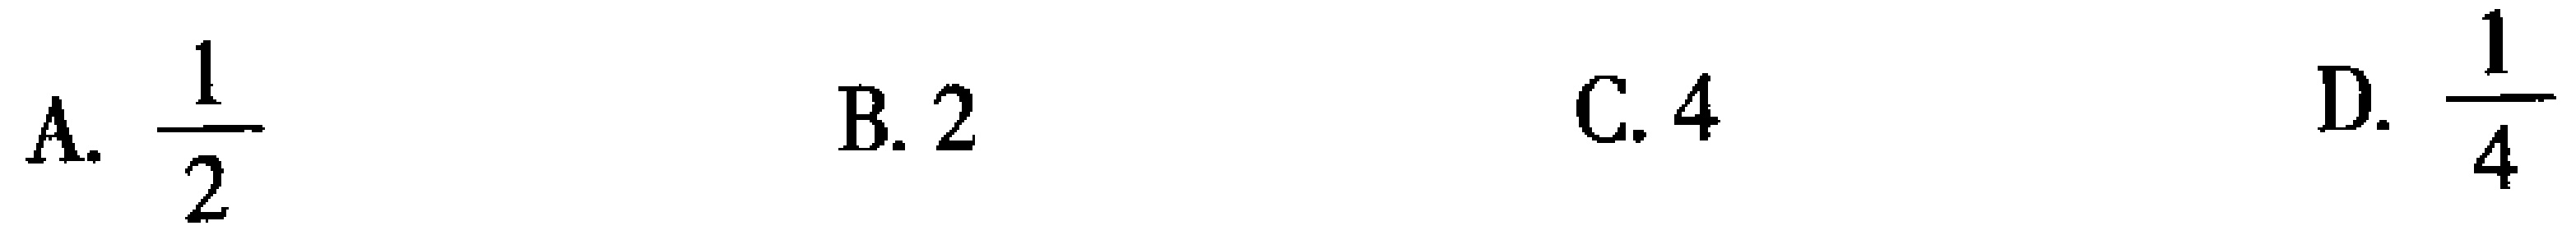
A. $\frac{1}{2}$  B. $2$  C. $4$  D. $\frac{1}{4}$